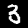
Label: 3